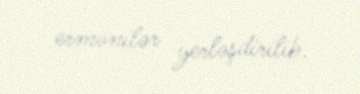
ermənilər yerləşdirilib.